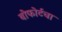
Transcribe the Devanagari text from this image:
बोफोर्टचा